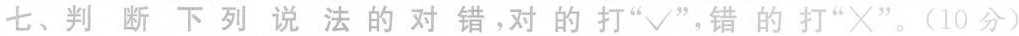
七、判断下列说法的对错。对的打“√”，错的打“×”。(10分)